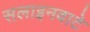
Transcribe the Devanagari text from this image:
सलाइनवाटे